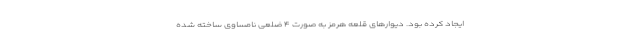
ایجاد کرده بود. دیوار‌های قلعه هرمز به صورت ۴ ضلعی نامساوی ساخته شده